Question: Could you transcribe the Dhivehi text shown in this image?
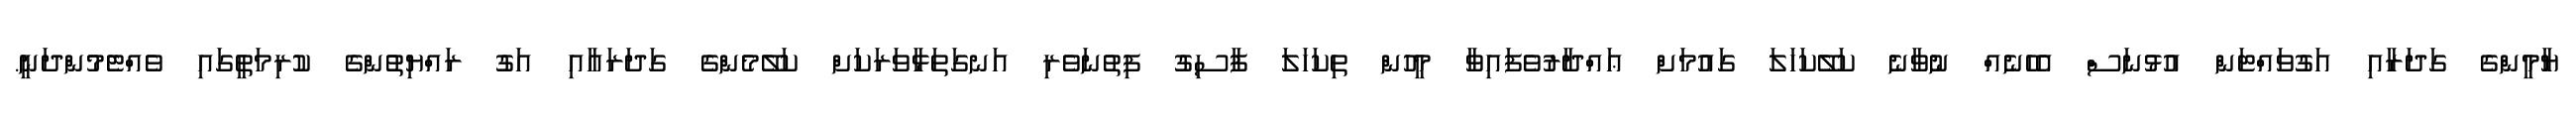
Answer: ޔާމީންގެ ގަދަރާއި އަގުވައްޓަން އުޅުނަސް އެހެނެއް ނުވާނެ ކަލޭކަހަލަ ގައުމަށް ޢައްދާރުވެފައިވާ މީހުން ތިކަހަލަ ފާސިގު ފިތުނަވެރި އަނގަތަޅާވަރަކަށް ކަލޭމެންގެ ގަދަރައާއި އަގު ރައްޔިތުންގެ ކުރިމަތީގައި ވެއްޓެމުންދަނީ.